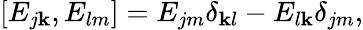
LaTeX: [E_{j\mathbf{k}},E_{lm}]=E_{jm}\delta_{\mathbf{k}l}-E_{l\mathbf{k}}\delta_{jm},